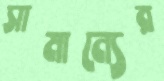
সামান্যের